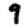
Digit: 9